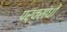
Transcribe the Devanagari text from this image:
पर्वसंधी